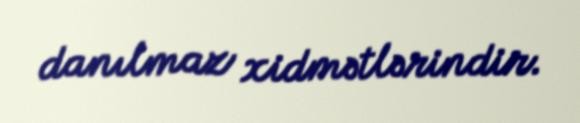
danılmaz xidmətlərindir.